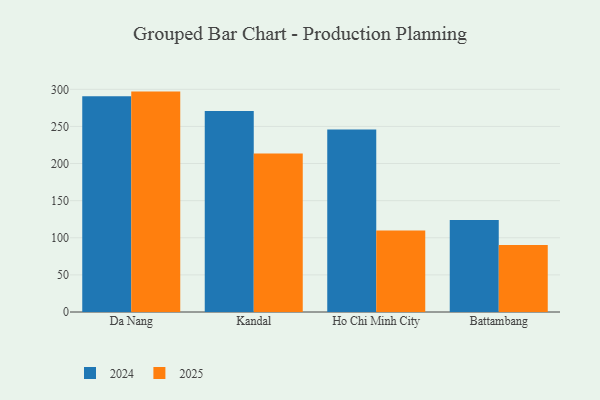
{"axis": {"x": "City", "y": "Page Views"}, "legend": ["2024", "2025"], "data": [{"x": "Da Nang", "y": 290.7, "type": "2024"}, {"x": "Da Nang", "y": 296.9, "type": "2025"}, {"x": "Kandal", "y": 270.7, "type": "2024"}, {"x": "Kandal", "y": 213.4, "type": "2025"}, {"x": "Ho Chi Minh City", "y": 246.0, "type": "2024"}, {"x": "Ho Chi Minh City", "y": 109.9, "type": "2025"}, {"x": "Battambang", "y": 123.9, "type": "2024"}, {"x": "Battambang", "y": 90.4, "type": "2025"}]}